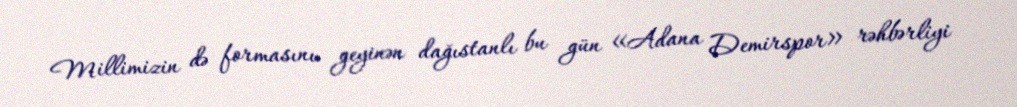
Millimizin də formasını geyinən dağıstanlı bu gün «Adana Demirspor» rəhbərliyi